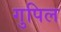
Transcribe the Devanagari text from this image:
गुपिल